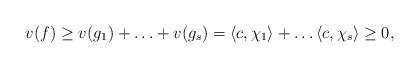
LaTeX: \begin{align*}v(f) \geq v(g_1)+\ldots+v(g_s) = \langle c,\chi_1\rangle+\ldots\langle c,\chi_s\rangle \geq 0,\end{align*}